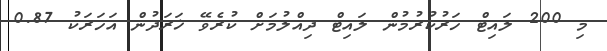
މި 200 ލައިޓް ހަރުކުރުމުން ލައިޓް ދިއްލުމަށް ކުރެވޭ ޚަރަދުން އަހަރަކު 0.87